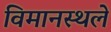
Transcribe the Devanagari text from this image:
विमानस्थले